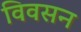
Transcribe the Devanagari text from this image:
विवसन